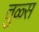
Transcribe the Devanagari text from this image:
तुळ्स